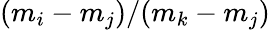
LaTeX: (m_{i}-m_{j})/(m_{k}-m_{j})